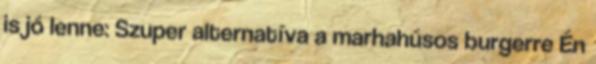
is jó lenne: Szuper alternatíva a marhahúsos burgerre Én